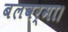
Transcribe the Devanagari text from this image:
बलवर्मा।